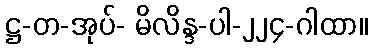
ဋ္ဌ-တ-အုပ်- မိလိန္ဒ-ပါ-၂၂၄-ဂါထာ။